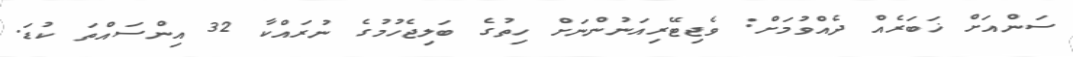
ސަންއަށް ޚަބަރެއް ދެއްވުމަށް: ވެޖިޓޭރިއަނުންނަށް ހިތުގެ ބަލިޖެހުމުގެ ނުރައްކާ 32 އިންސައްތަ ކުޑަ.